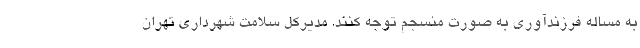
به مساله فرزندآوری به صورت منسجم توجه کنند. مدیرکل سلامت شهرداری تهران